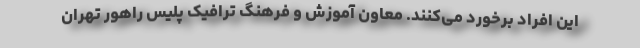
این افراد برخورد می‌کنند. معاون آموزش و فرهنگ ترافیک پلیس راهور تهران